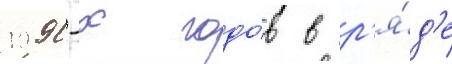
1990-х годо́в в р'я́д'е